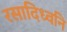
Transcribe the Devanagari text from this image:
रसादिध्वनि